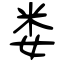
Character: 娄